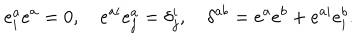
LaTeX: e _ { i } ^ { a } e ^ { a } = 0 , \quad e ^ { a i } e _ { j } ^ { a } = \delta _ { j } ^ { i } , \quad \delta ^ { a b } = e ^ { a } e ^ { b } + e ^ { a i } e _ { i } ^ { b } .